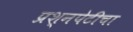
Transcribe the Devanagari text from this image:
प्रश्‍नपेटीचा